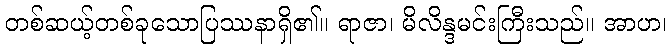
တစ်ဆယ့်တစ်ခုသောပြဿနာရှိ၏။ ရာဇာ၊ မိလိန္ဒမင်းကြီးသည်။ အာဟ၊